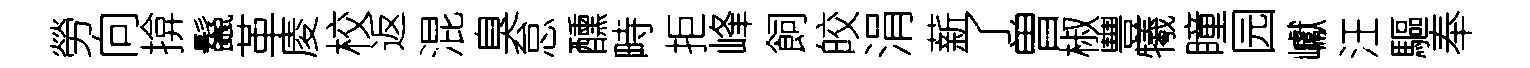
勞向揜鬣革庱校返混臭怠醺畤拒峰飼皎涓薪了曽椒豐犧瞳园巘汪驅奉